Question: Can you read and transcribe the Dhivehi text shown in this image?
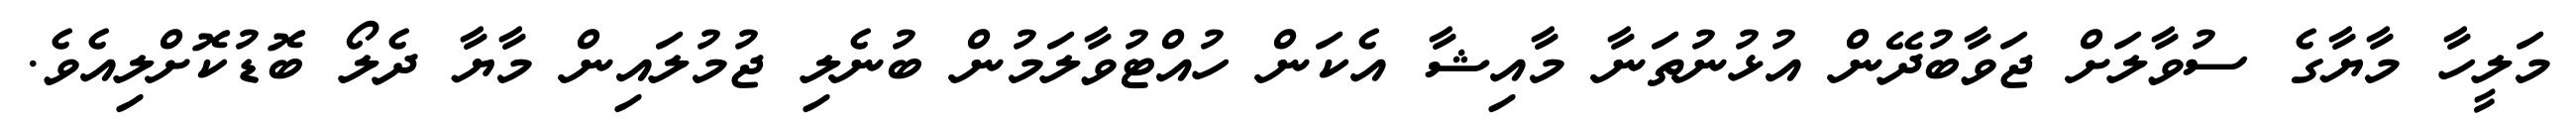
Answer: މަލީހާ މާޔާގެ ސުވާލަށް ޖަވާބުދޭން އުޅުނުތަނާ މާއިޝާ އެކަން ހުއްޓުވާލަމުން ބުނެލި ޖުމުލައިން މާޔާ ދެލޯ ބޮޑުކޮށްލިއެވެ.